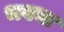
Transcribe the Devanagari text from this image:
भवना